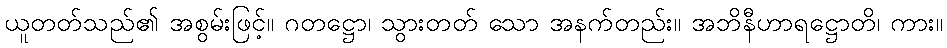
ယူတတ်သည်၏ အစွမ်းဖြင့်။ ဂတဋ္ဌော၊ သွားတတ် သော အနက်တည်း။ အဘိနီဟာရဋ္ဌောတိ၊ ကား။